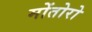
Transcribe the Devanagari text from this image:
मोंतोरो